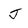
Character: J